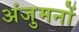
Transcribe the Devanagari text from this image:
अंजुमनों